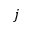
j